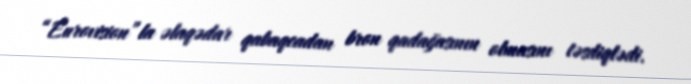
“Eurovision”la əlaqədar qabaqcadan bron qadağasının olmasını təsdiqlədi.